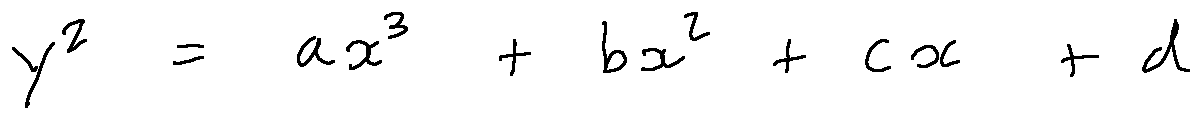
y ^ { 2 } = a x ^ { 3 } + b x ^ { 2 } + c x + d